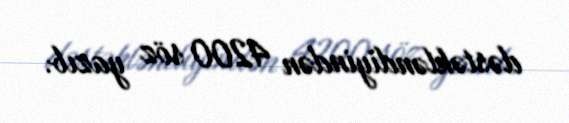
dəstəkləndiyindən 4200 söz yazıb.